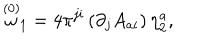
\stackrel { ( 0 ) } { \omega } _ { 1 } = 4 \pi ^ { j i } \left( \partial _ { j } A _ { a i } \right) \eta _ { 2 } ^ { a } ,